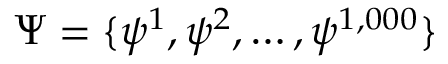
\Psi = \{ \psi ^ { 1 } , \psi ^ { 2 } , \dots , \psi ^ { 1 , 0 0 0 } \}